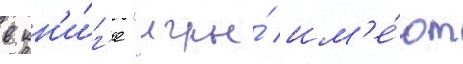
в кн'и́г'е "игры́ им'е́ют